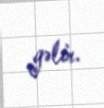
gəlir.